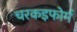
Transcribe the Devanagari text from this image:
चरकइफोर्म